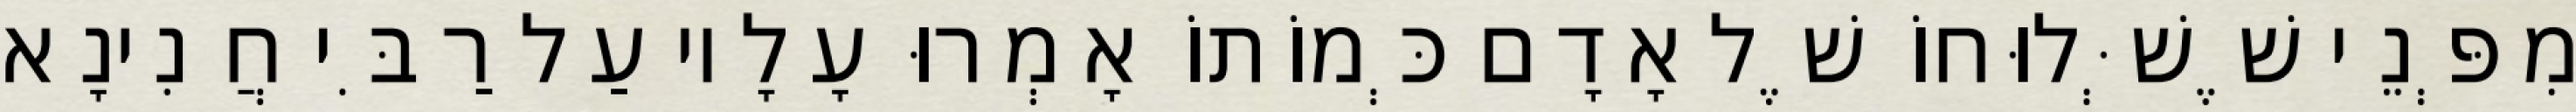
מִפְּנֵי שֶׁשְּׁלוּחוֹ שֶׁל אָדָם כְּמוֹתוֹ אָמְרוּ עָלָיו עַל רַבִּי חֲנִינָא